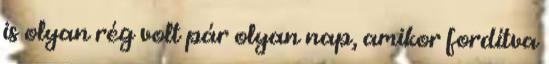
is olyan rég volt pár olyan nap, amikor fordítva